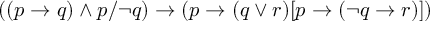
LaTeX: ( ( p \to q ) \land p / \neg q ) \to ( p \to ( q \lor r ) [ p \to ( \neg q \to r ) ] )